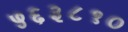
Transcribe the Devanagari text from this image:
५६३८१०